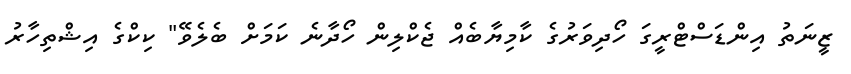
ޒީނަތު އިންޑަސްޓްރީގަ ހޯދިވަރުގެ ކާމިޔާބެއް ޖެކްލިން ހޯދާނެ ކަމަށް ބެލެވޭ" ކިކްގެ އިޝްތިހާރު